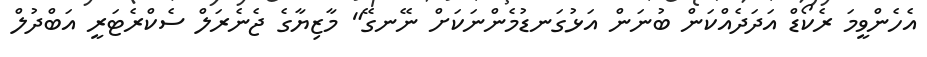
އެހެންވީމަ ރެކޯޑް އަދަދެއްކަން ބުނަން އަޅުގަނޑުމެންނަކަށް ނޭނގޭ" މާޒިޔާގެ ޖެނެރަލް ސެކްރެޓަރީ އަބްދުލް